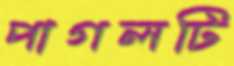
পাগলটি